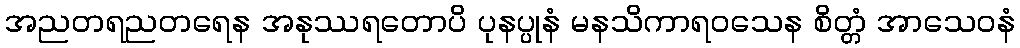
အညတရညတရေန အနုဿရတောပိ ပုနပ္ပုနံ မနသိကာရဝသေန စိတ္တံ အာသေဝနံ